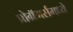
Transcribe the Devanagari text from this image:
प्रोग्रॅमर्समध्ये